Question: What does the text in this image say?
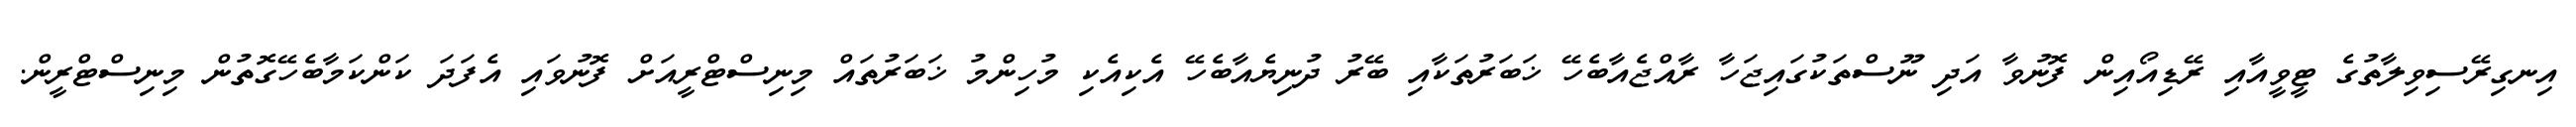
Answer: އިނގިރޭސިވިލާތުގެ ޓީވީއާއި ރޭޑިއޯއިން ފޮނުވާ އަދި ނޫސްތަކުގައިޖަހާ ރާއްޖެއާބެހޭ ޚަބަރުތަކާއި ބޭރު ދުނިޔެއާބެހޭ އެކިއެކި މުހިންމު ޚަބަރުތައް މިނިސްޓްރީއަށް ފޮނުވައި އެފަދަ ކަންކަމާބެހޭގޮތުން މިނިސްޓްރީން.